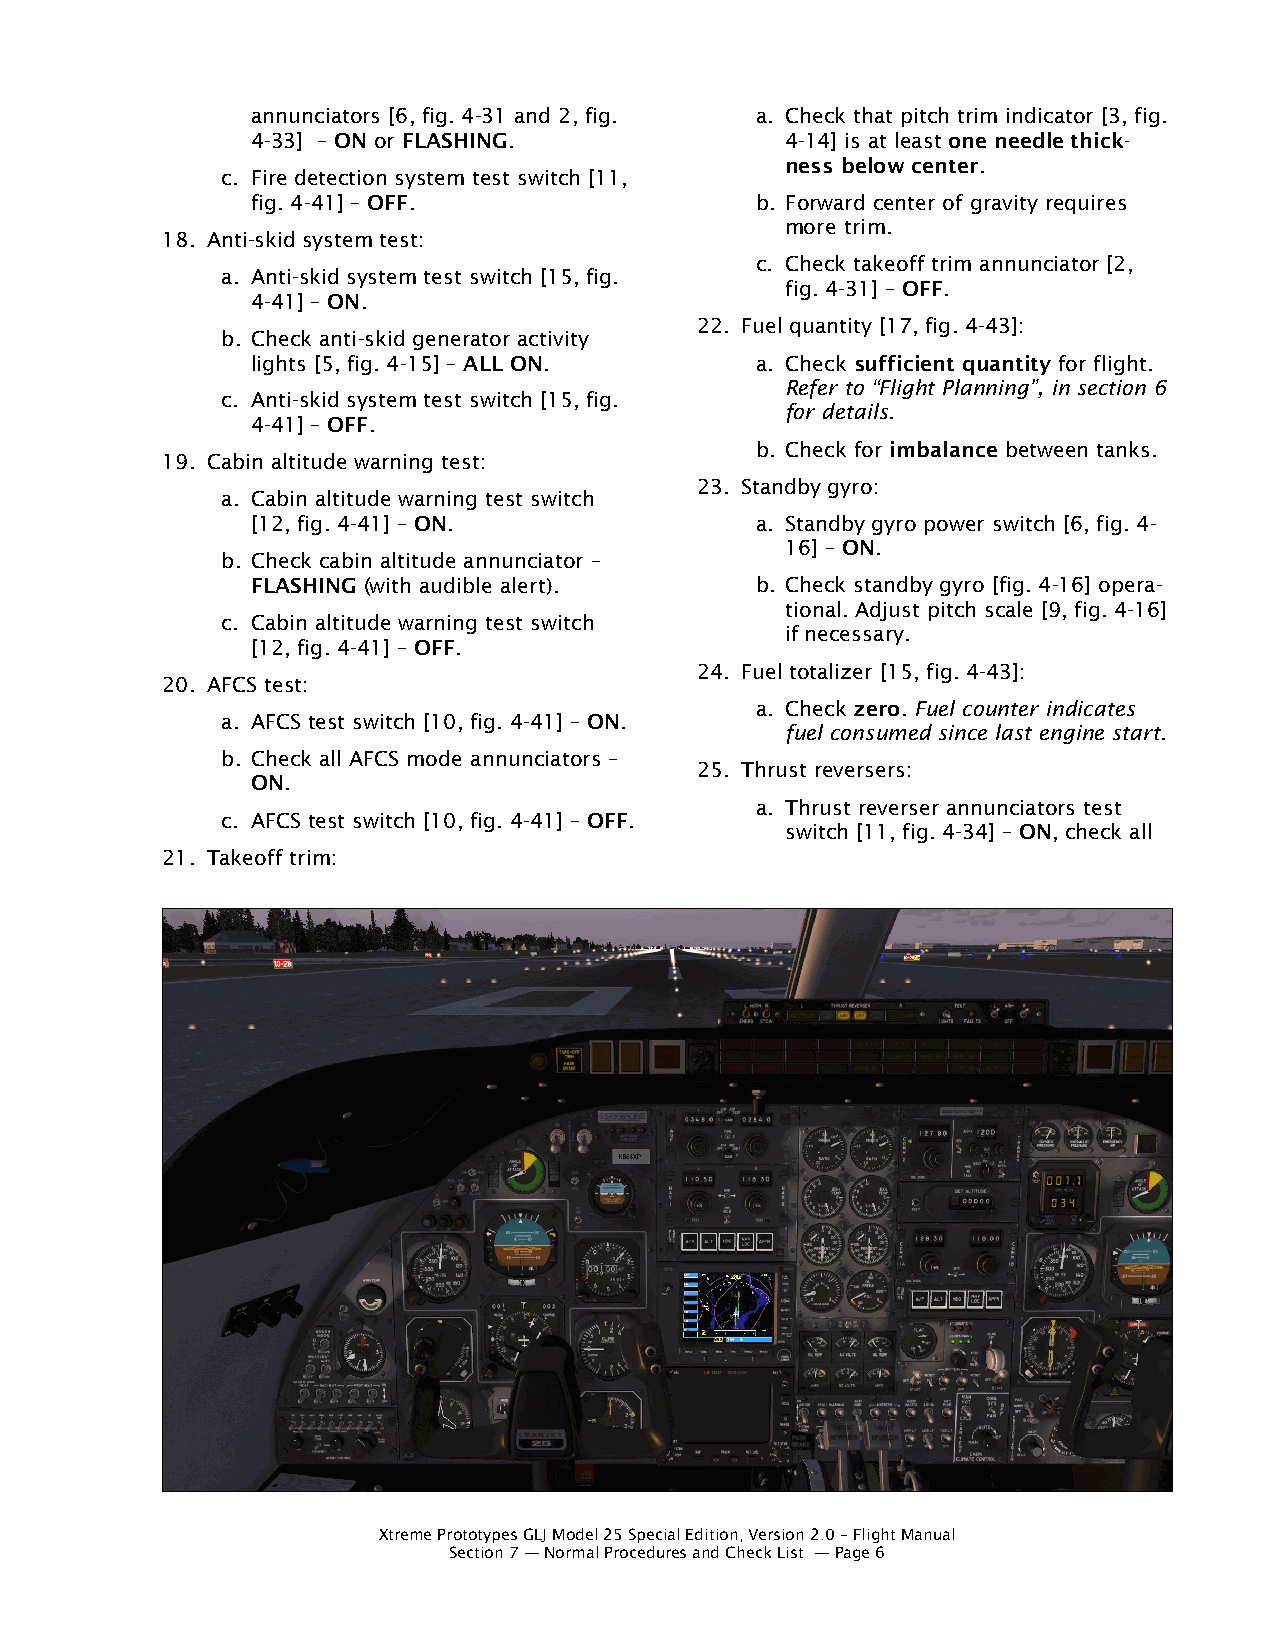
annunciators [6, fig. 4-31 and 2, fig. a. Check that pitch trim indicator [3, fig.
 4-33] – ON or FLASHING.            4-14] is at least one needle thick-
 ness below center.
 c. Fire detection system test switch [11,
 fig. 4-41] – OFF.                b. Forward center of gravity requires
 more trim.
 18. Anti-skid system test:
 c. Check takeoff trim annunciator [2,
 a. Anti-skid system test switch [15, fig.
 fig. 4-31] – OFF.
 4-41] – ON.
 22. Fuel quantity [17, fig. 4-43]:
 b. Check anti-skid generator activity
 lights [5, fig. 4-15] – ALL ON.  a. Check sufficient quantity for flight.
 Refer to “Flight Planning”, in section 6
 c. Anti-skid system test switch [15, fig.
 for details.
 4-41] – OFF.
 b. Check for imbalance between tanks.
 19. Cabin altitude warning test:
 23. Standby gyro:
 a. Cabin altitude warning test switch
 [12, fig. 4-41] – ON.            a. Standby gyro power switch [6, fig. 4-
 16] – ON.
 b. Check cabin altitude annunciator –
 FLASHING (with audible alert).   b. Check standby gyro [fig. 4-16] opera-
 tional. Adjust pitch scale [9, fig. 4-16]
 c. Cabin altitude warning test switch
 if necessary.
 [12, fig. 4-41] – OFF.
 24. Fuel totalizer [15, fig. 4-43]:
 20. AFCS test:
 a. Check zero. Fuel counter indicates
 a. AFCS test switch [10, fig. 4-41] – ON.
 fuel consumed since last engine start.
 b. Check all AFCS mode annunciators –
 25. Thrust reversers:
 ON.
 a. Thrust reverser annunciators test
 c. AFCS test switch [10, fig. 4-41] – OFF.
 switch [11, fig. 4-34] – ON, check all
 21. Takeoff trim:
 Xtreme Prototypes GLJ Model 25 Special Edition, Version 2.0 – Flight Manual
 Section 7 — Normal Procedures and Check List — Page 6